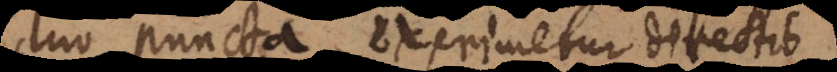
duo puncta, exprimetur directio